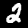
Label: 2